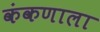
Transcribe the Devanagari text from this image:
कंकणाला